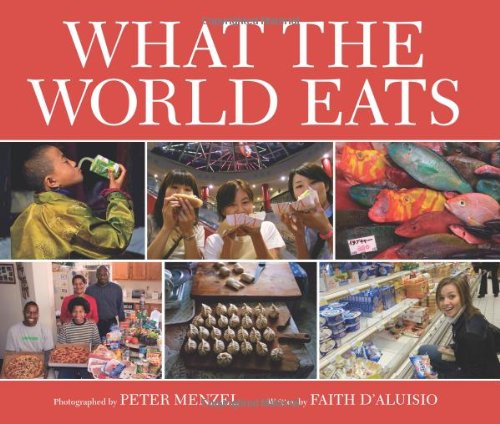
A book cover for What the World Eats; Faith D'Aluisio; Politics & Social Sciences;